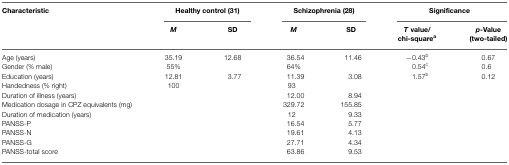
<table><thead><tr><td><b>Characteristic</b></td><td colspan="2"><b>Healthy control (31)</b></td><td colspan="2"><b>Schizophrenia (28)</b></td><td colspan="2"><b>Significance</b></td></tr><tr><td></td><td><b><i>M</i></b></td><td><b>SD</b></td><td><b><i>M</i></b></td><td><b>SD</b></td><td><b><i>T</i> value/chi-square<sup>a</sup></b></td><td><b><i>p</i>-Value (two-tailed)</b></td></tr></thead><tbody><tr><td>Age (years)</td><td>35.19</td><td>12.68</td><td>36.54</td><td>11.46</td><td>−0.43<sup>b</sup></td><td>0.67</td></tr><tr><td>Gender (% male)</td><td>55%</td><td></td><td>64%</td><td></td><td>0.54<sup>c</sup></td><td>0.6</td></tr><tr><td>Education (years)</td><td>12.81</td><td>3.77</td><td>11.39</td><td>3.08</td><td>1.57<sup>b</sup></td><td>0.12</td></tr><tr><td>Handedness (% right)</td><td>100</td><td></td><td>93</td><td></td><td></td><td></td></tr><tr><td>Duration of illness (years)</td><td></td><td></td><td>12.00</td><td>8.94</td><td></td><td></td></tr><tr><td>Medication dosage in CPZ equivalents (mg)</td><td></td><td></td><td>329.72</td><td>155.85</td><td></td><td></td></tr><tr><td>Duration of medication (years)</td><td></td><td></td><td>12</td><td>9.33</td><td></td><td></td></tr><tr><td>PANSS-P</td><td></td><td></td><td>16.54</td><td>5.77</td><td></td><td></td></tr><tr><td>PANSS-N</td><td></td><td></td><td>19.61</td><td>4.13</td><td></td><td></td></tr><tr><td>PANSS-G</td><td></td><td></td><td>27.71</td><td>4.34</td><td></td><td></td></tr><tr><td>PANSS-total score</td><td></td><td></td><td>63.86</td><td>9.53</td><td></td><td></td></tr></tbody></table>